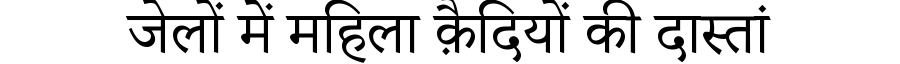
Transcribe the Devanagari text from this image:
जेलों में महिला क़ैदियों की दास्तां